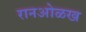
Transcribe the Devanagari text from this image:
रानओळख